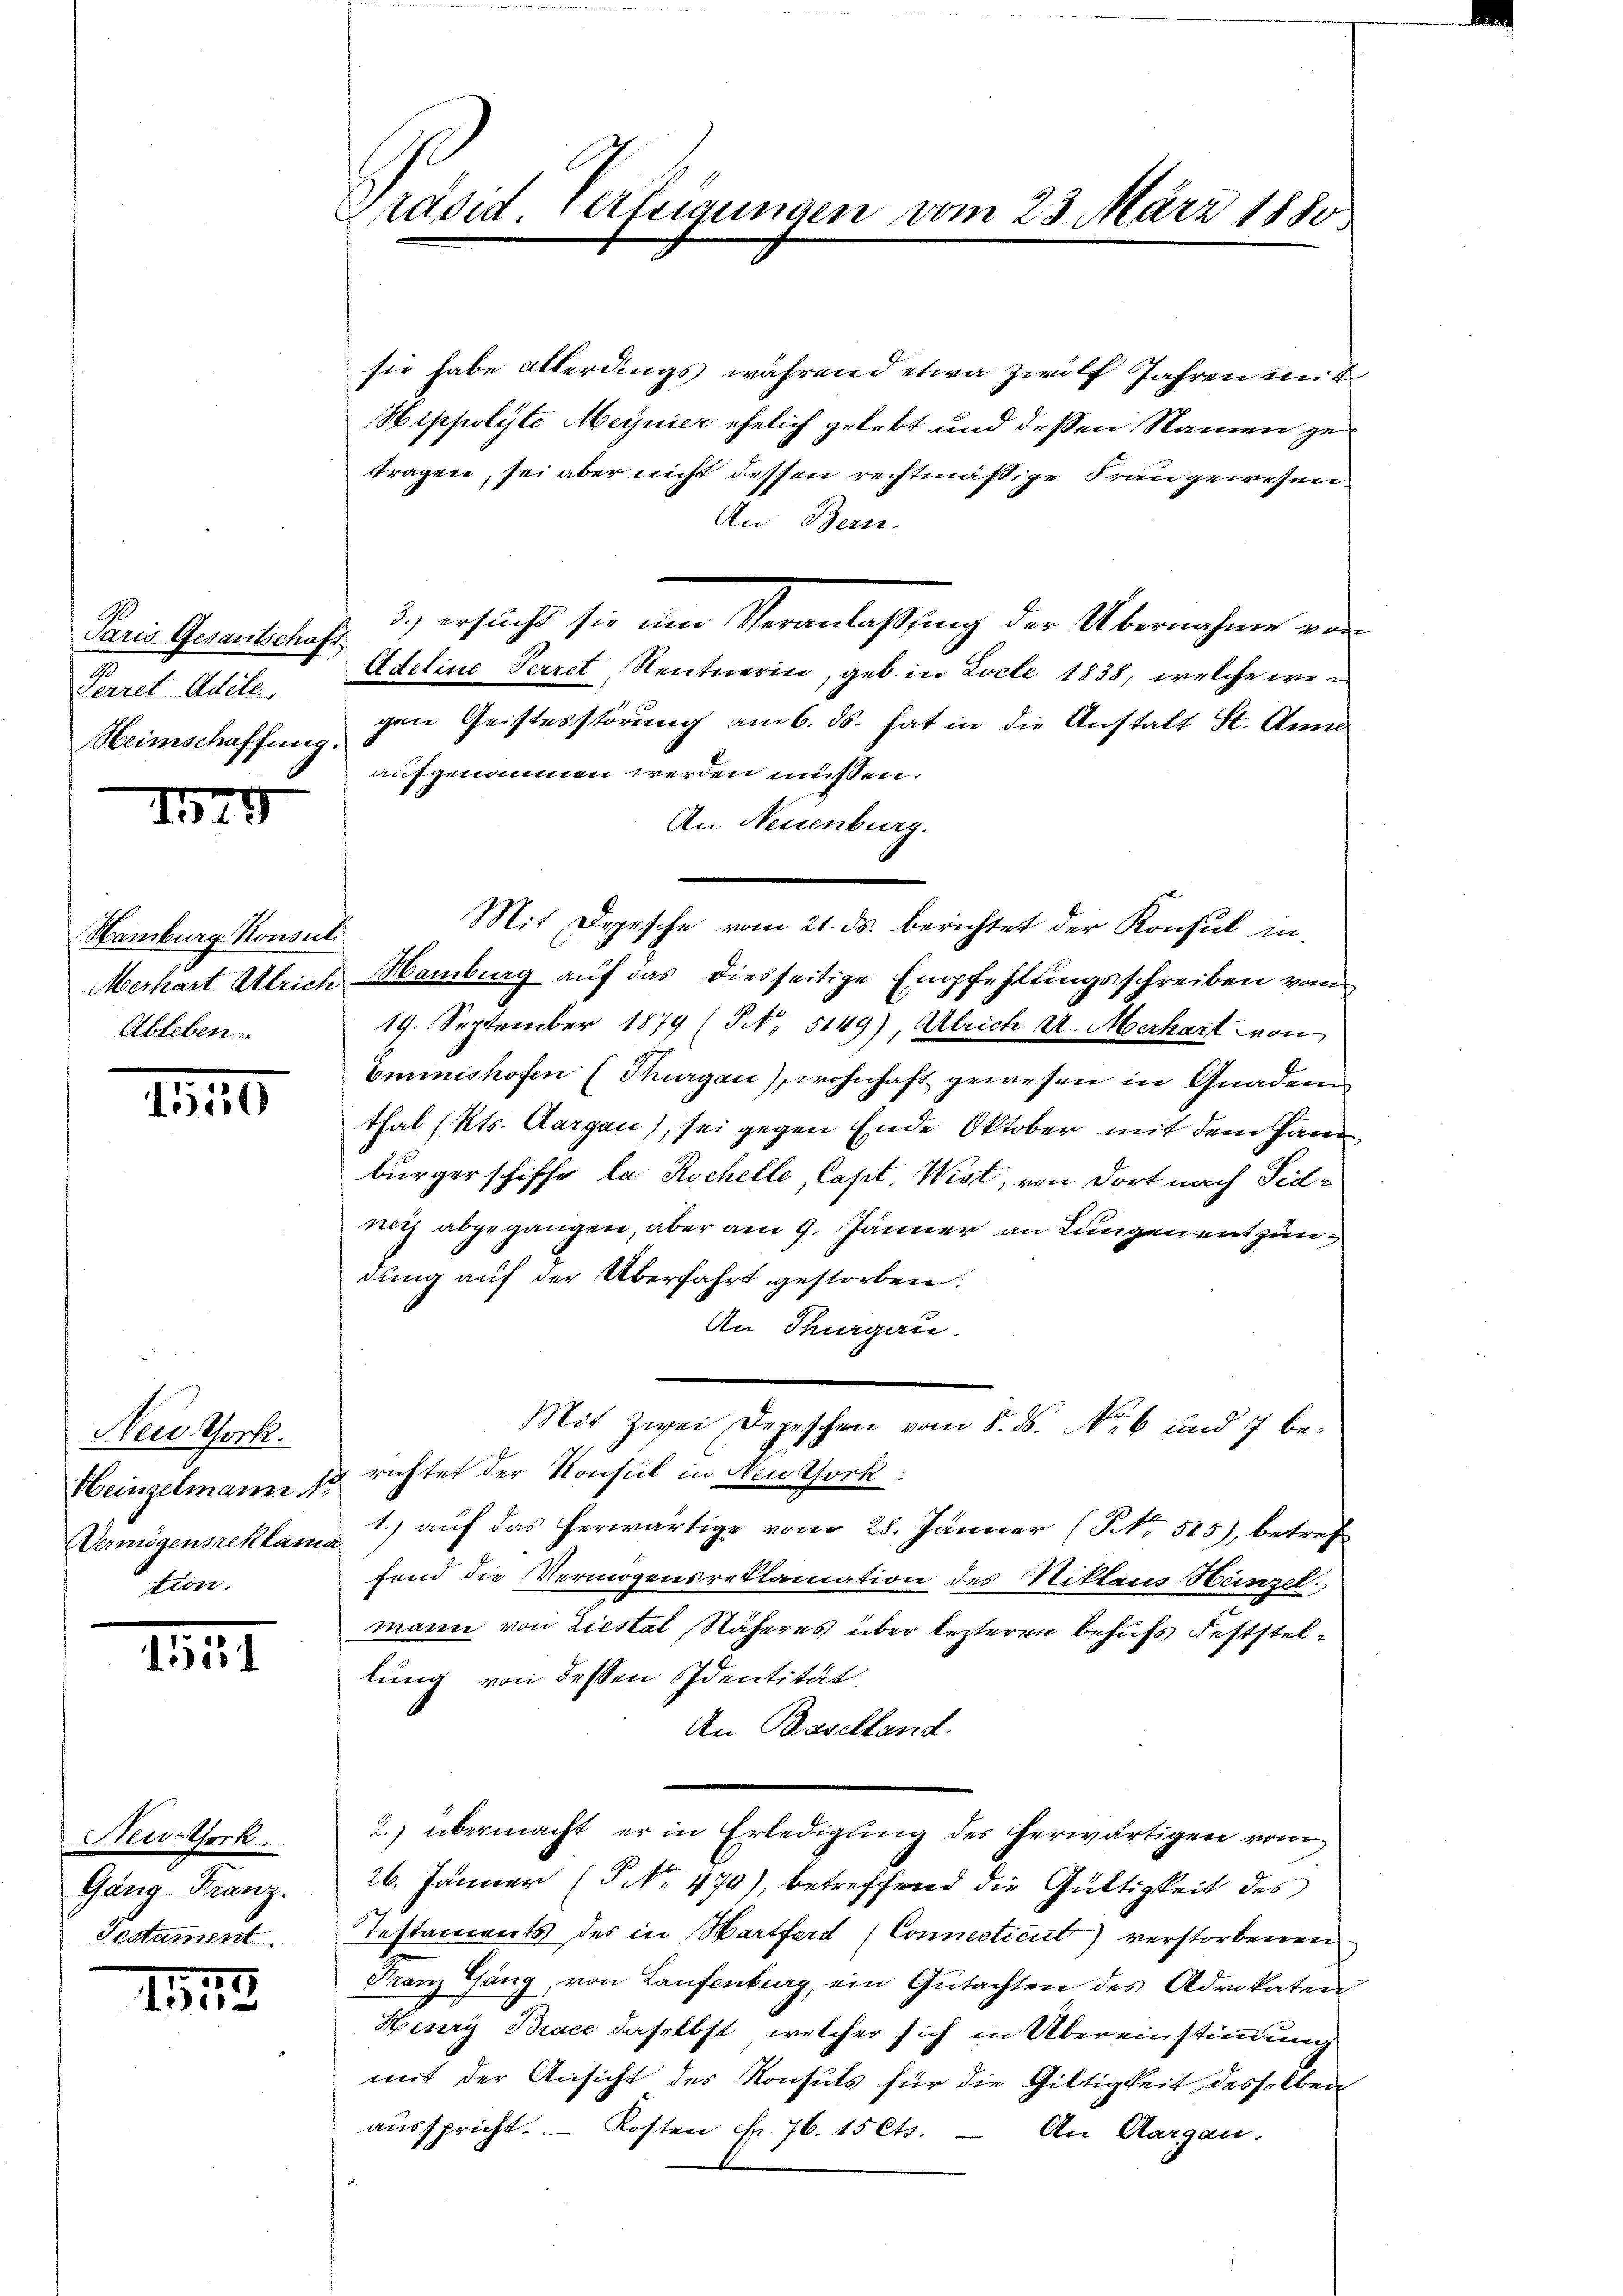
Paris Gesantschaft
Perret Adele
Heimschaffung.

1344

Hamburg Konsul
Ableben.

1

New York.
Heinzelmann
Vermögensreklam
Hiene.

135131

Neu-Theck.
Gang Franz.
Testament.

157
155

Präsid. Verfügungen vom 23. März 1880

sie habe allerdings während etwa zwölf Jahren mit
Hippolyte Meynier ehelich gelebt und dessen Namen getragen, sei aber nicht dessen rechtmäßige Frangewesen
An Bern.
3., ersucht sie eine Veranlassung der Übernahme ein
Adeline Perret, Rentnerin, geb. in Locle 1838, welche wei
gen Geistesstörung am 6. ds. hat in die Anstalt St. Anna
aufgrünen werden müssen.
An Neuenburg.
Mit Depesche vom 21. ds. berichtet der Konsul in
Merhart Ulrich Hamburg auf das diesseitige Empfehlungsschreiben vom
19. September 1879 (S. 5149), Ulrich u. Merhart von
Eminishofen (Thurgau), wohnhaft gewesen in Gnaden
thal (Kts. Aargau), sei gegen Ende Oktober mit dem Haren
bürgerschiffe la Rochelle, Capt. Wist, von dort nach Tidnith abgegangen, aber am 9. Jänner an Lungen entzündung auf der Überfahrt gestorben.
An Thurgau.
Mit Zwei Depeschen vom 8. ds. No. 6 und 7 berichtet der Konsul in Neuthork:
1.) auf das herwärtige vom 28. Jänner (NNo. 515), betref
fend die Vermögensreklamation des Niklaus Heinzelmann von Liestal, Näheres über lezteren behufs Feststellung von dessen Identität.
An Baselland.
2. übermacht, er in Erledigung des herwärtigen von
26. Jänner (S No 479), betreffend die Gültigkeit des
Testaments des in Wartferd (Connecticut) verstorbenen
Franz Gang, von Laufenburg, ein Gutachten des Advokaten
Henry Brace daselbst, welcher sich in Übereinstimmung
mit der Ansicht des Konsuls für die Gültigkeit desselben
aŭsspricht. - Kosten Fr. 76. 15 Cts. — An Aargau.